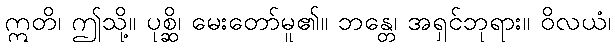
ဣတိ၊ ဤသို့။ ပုစ္ဆိ၊ မေးတော်မူ၏။ ဘန္တေ၊ အရှင်ဘုရား။ ဝိလယံ၊